Statistics compiled by the Government of India from the reports of provincial Civil Veterinary Departments
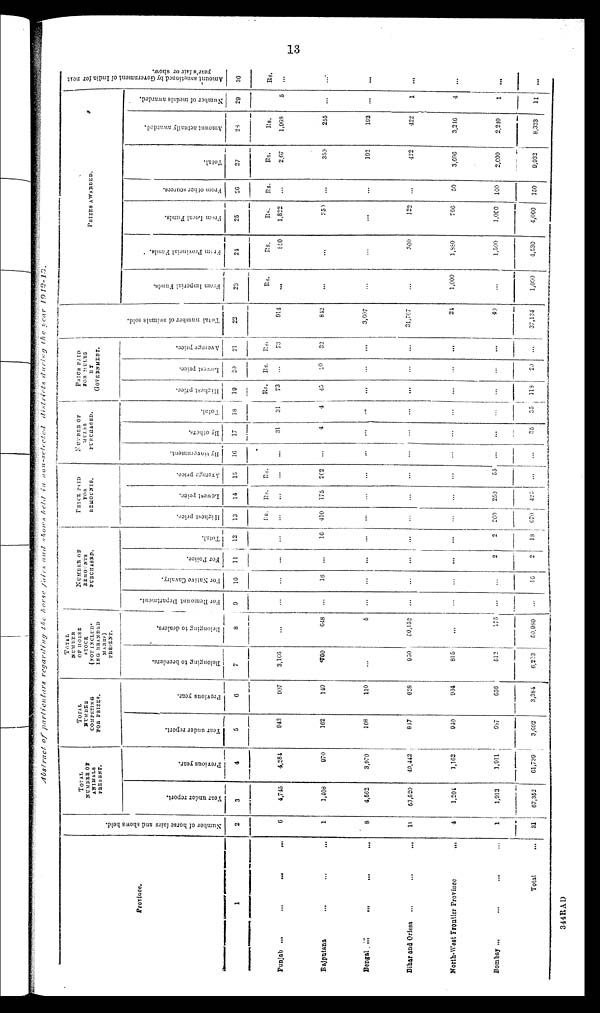
13
Abstract of particulars regarding the horse fairs and shows held in non-selected districts during the year 1912-13.
Province.
1
Punjab
...
...
...
...
Rajputana ... ... ... ...
Bengal.
...
...
Bihar and Orissa
... ... ... ...
North-West Frontler Province ... ... ...
Bombay
...
...
...
Total ...
Number of horse fairs and shows held.
2
6
1
8
11
4
1
21
TOTAL
NUMBER OF
ANIMALS
PRESENT.
Year under report.
3
4,745
1,408
4,562
53,520
1,204
1,913
67,352
Previous year.
4
4,284
970
3,970
49,442
1,162
1,011
61,739
TOTAL
NUMBER
COMPETING
FOR PRIZES.
Year under report.
5
948
162
108
847
940
657
3,692
Previous year.
6
907
149
110
628
934
656
3,384
TOTAL
NUMBER
OF HORSE
STOCK
(NOT INCLUD-ING BRANDED
MARES)
PRESENT.
Belonging to breeders.
7
3,166
760
...
950
815
512
6,293
Belonging to dealers.
8
...
648
5
50,152
...
175
50,980
NUMBER
OF
REMOUNTS
PURCHASED.
For Remount Department.
9
...
...
...
...
...
...
...
For Native Cavalry.
10
...
16
...
...
...
...
16
For Police.
11
...
...
...
...
2
2
Total.
12
...
16
...
...
...
2
18
PRICE PAID FOR
REMOUNTS.
Highest price.
13
Rs.
...
410
...
...
...
260
670
Lowest price.
14
Rs.
...
175
...
...
...
250
425
Average price.
15
Rs.
...
262
...
...
...
55
...
NUMBER
OF
MULES
PURCHASED.
By Government.
16
...
...
...
...
...
...
...
By others.
17
31
4
...
...
...
...
35
Total.
18
31
4
...
...
...
...
35
PRICE
PAID
FOR MULES
BY
GOVERNMENT.
Highest price.
19
Rs.
73
45
...
...
...
...
118
Lowest price.
20
Rs.
20
...
...
...
...
20
Average price.
21
Rs.
73
32
...
...
...
...
...
Total number of animals sold.
22
914
842
3,607
31,707
21
40
37,134
PRIZES AWARDED.
From Imperial Funds.
23
Rs.
...
...
...
...
1,000
...
1,000
From
Provincial Funds.
24
Rs.
850
...
...
300
1,880
1,500
4,530
From Local Funds.
25
Rs.
1,822
350
...
122
766
1,000
4,060
From other sources.
26
Rs.
...
...
...
...
50
100
150
Total.
27
Rs.
267
350
192
422
3,696
2,600
9,932
Amount actually awarded.
28
Rs.
1,968
255
192
422
3,246
2,240
8,323
Number of medals awarded.
29
5
...
...
1
4
1
11
Amount sanctioned by Government of India for
nel
year's fair or show.
30
Rs.
...
...
...
...
...
...
...
344RAD